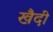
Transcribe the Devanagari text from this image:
खैदी